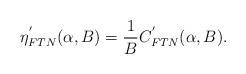
LaTeX: \begin{align*}\eta^{'}_{FTN}(\alpha,B) = \frac{1}{B} C^{'}_{FTN}(\alpha,B).\end{align*}